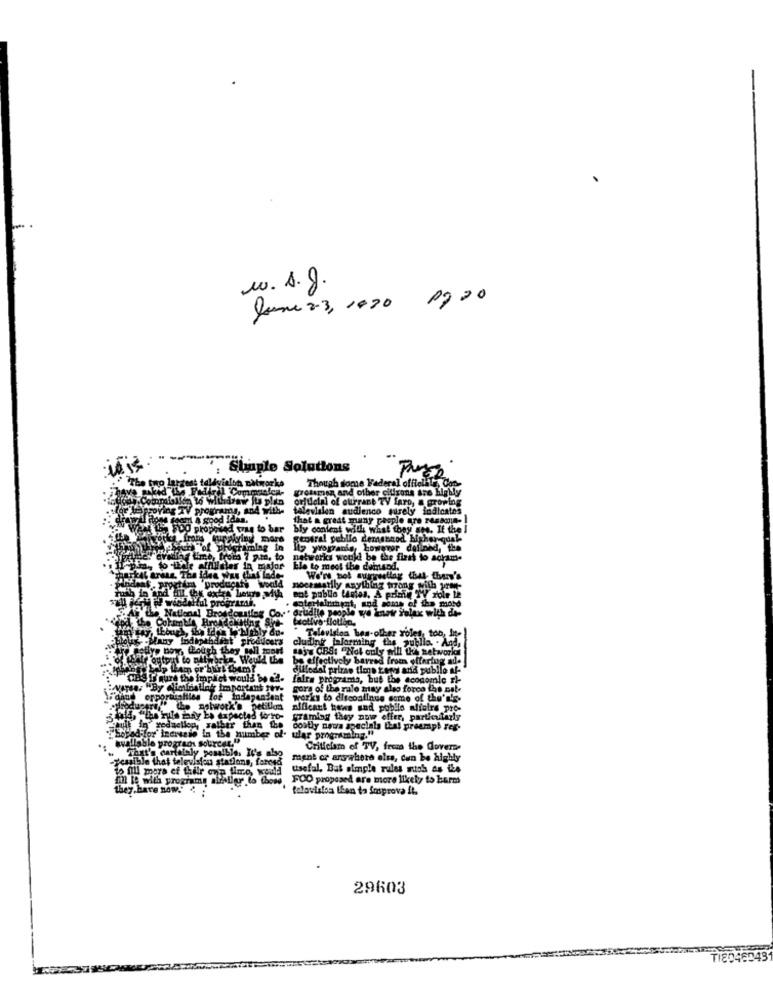
w. A.g.
June 2-3, 1000 09 20
Solutions
Though some Federal offield
grotimen and other cilisans are highly
to Withdraw its plan
orjuelal of etterant TV faro, a growing
PPORT
talevialon audienco purely indicates
that a great many people are rasamin.]
DO prop
Ad tryg to bar bly content with what they see. If the ]
geotral pebllo demsbaod higher-qual
Ing in
1 yrogranig, however defined, the
networks would be the first to acrime
Ele to meet the demand.
an, The idea was that fade-
tim productty would
We're bot surrestlag that there's
nocamstily anything trong with pre-
But publio Wales, & primin TY role te
cotertainment, and some of the motd
Natlar! Brosdoustieg Co.' dzudile people we knok Selax with de-
teolive flotibe,
Television bes-other roles, too, In-
producers
borr, though they sell moors
cludink walarming the public. . And,
saj's CBS: "Not only will the setworld
gtput to netwbeks, Would the be effectively barred from offering ade
dillodel prime time ters and publio af-
igure the impact would be ed-
falra programs, but the economic r)-
NO: "By dlimlistlag important rev-
a: "By Mim
gora of the rale may also forco the nat-
opportunities for Independent works to discoalinus some of the'n's.
Le natwork's petitles afficant hows und pobilo affairs pro-
wald, ""the rule many be expected forro- gramlog they now offer, particularly
yedaction, rather than the
empl reg.
"Sejad-for' inerussie in the number of. ular programing."
available progracs sourcer."
aber a
Hast's cartataly posalble. It's also
Criticism of TV, fresa the doverse
yesible that television stations, forced
ment or anywhere else, can be highly
to fill more ef thilr onn fimo, would
Usefal, Bas simple rules nich as the
im te with programy
FOO proposed are more likely to barm
they have now.'
tolavistos then ta improva it.
29603
TI8046043